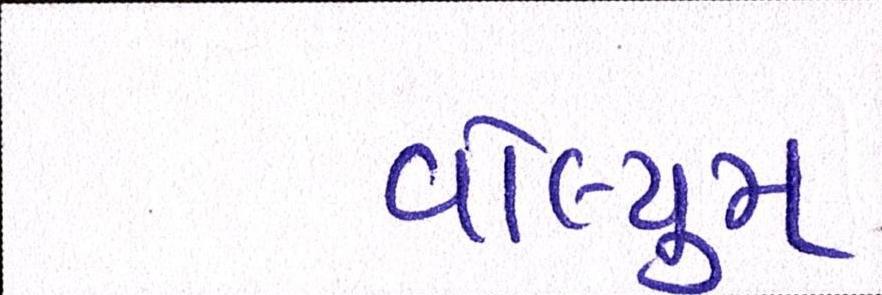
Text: વોલ્યુમ